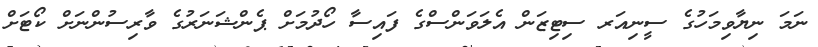
ނަމަ ނިޔާވިމަހުގެ ސީނިއަރ ސިޓިޒަން އެލަވަންސްގެ ފައިސާ ހޯދުމަށް ޕެންޝަނަރުގެ ވާރިސުންނަށް ކޯޓަށް